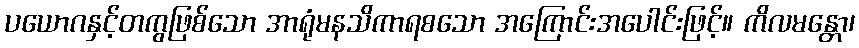
ပယောဂနှင့်တကွဖြစ်သော အာရုံမနသိကာရစသော အကြောင်းအပေါင်းဖြင့်။ ကိလမန္တော၊